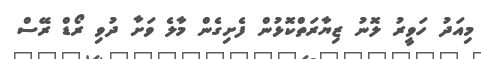
މިއަދު ހަވީރު ލޮނު ޒިޔާރަތްކޮޅުން ފެށިގެން މާލެ ވަށާ ދުވި ރޯޑް ރޭސް